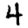
Digit: 4